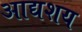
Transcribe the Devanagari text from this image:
आद्यशय